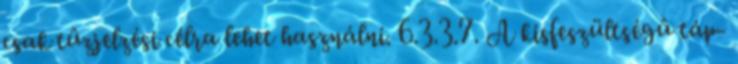
csak tûzjelzési célra lehet használni. 6.3.3.7. A kisfeszültségû táp-